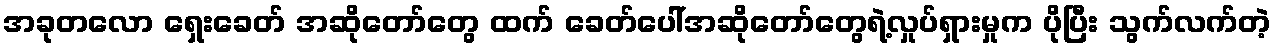
အခုတလော ရှေးခေတ် အဆိုတော်တွေ ထက် ခေတ်ပေါ်အဆိုတော်တွေရဲ့လှုပ်ရှားမှုက ပိုပြီး သွက်လက်တဲ့